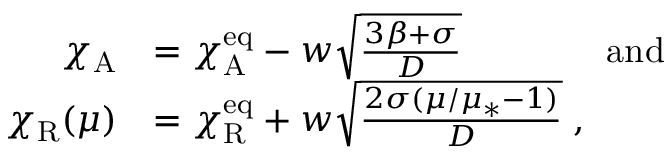
\begin{array} { r l } { \chi _ { \mathrm { A } } } & { = \chi _ { \mathrm { A } } ^ { \mathrm { e q } } - w \sqrt { \frac { 3 \beta + \sigma } { D } } \qquad \qquad \mathrm { a n d } } \\ { \chi _ { \mathrm { R } } ( \mu ) } & { = \chi _ { \mathrm { R } } ^ { \mathrm { e q } } + w \sqrt { \frac { 2 \sigma ( \mu / \mu _ { * } - 1 ) } { D } } \; , } \end{array}